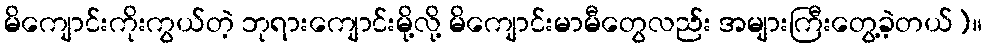
မိကျောင်းကိုးကွယ်တဲ့ ဘုရားကျောင်းမို့လို့ မိကျောင်းမာမီတွေလည်း အများကြီးတွေ့ခဲ့တယ်)။